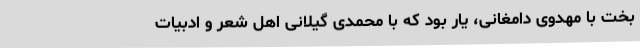
بخت با مهدوی دامغانی، یار بود که با محمدی گیلانی اهل شعر و ادبیات